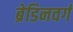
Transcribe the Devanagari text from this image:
ब्रेडिनवर्ग